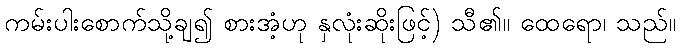
ကမ်းပါးစောက်သို့ချ၍ စားအံ့ဟု နှလုံးဆိုးဖြင့်) သီ၏။ ထေရော၊ သည်။